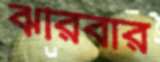
ঝরিবার